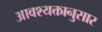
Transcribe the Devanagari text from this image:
आवश्यक्तानुसार